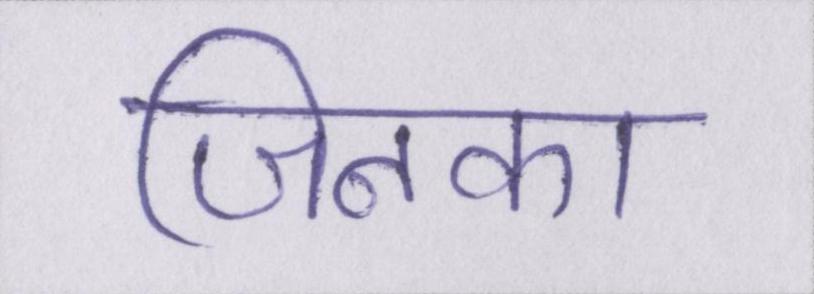
जिनका